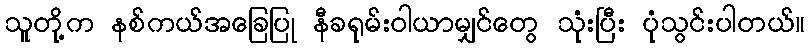
သူတို့က နစ်ကယ်အခြေပြု နီခရုမ်းဝါယာမျှင်တွေ သုံးပြီး ပုံသွင်းပါတယ်။